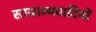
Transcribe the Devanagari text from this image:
साग्राज्यवादियों